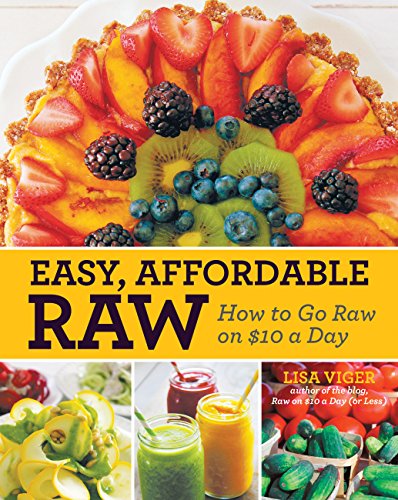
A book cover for Easy, Affordable Raw: How to Go Raw on $10 a Day; Lisa Viger; Cookbooks, Food & Wine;